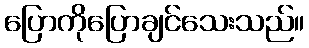
ပြောကိုပြောချင်သေးသည်။